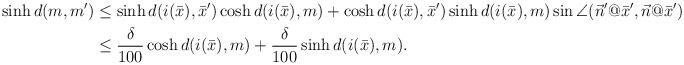
LaTeX: \begin{align*}\sinh{d(m,m')}& \leq \sinh{d(i(\bar{x}),\bar{x}')}\cosh{d(i(\bar{x}),m)}+\cosh{d(i(\bar{x}),\bar{x}')}\sinh{d(i(\bar{x}),m)}\sin{\angle{(\vec{n}'@\bar{x}',\vec{n}@\bar{x}')}}\\& \leq \frac{\delta}{100}\cosh{d(i(\bar{x}),m)}+\frac{\delta}{100}\sinh{d(i(\bar{x}),m)}.\end{align*}